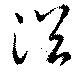
浴